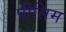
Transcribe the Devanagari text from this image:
पीसिम